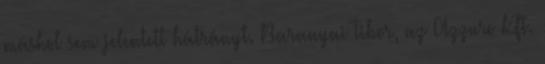
máshol sem jelentett hátrányt. Baranyai Tibor, az Azzuro Kft.